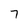
Character: 7